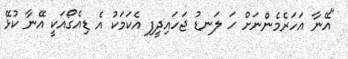
"އޭނާ އަހަރެމެންނަށް ހަ ލަނޑު ޖަހައިދީފި އެކަމަކު އެ ޑިއެގޯއަކީ އޭނާ ކުޅޭ